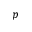
p